Civil Veterinary Department. United Provinces 1923-31 - 1923-1931
Year: 1923
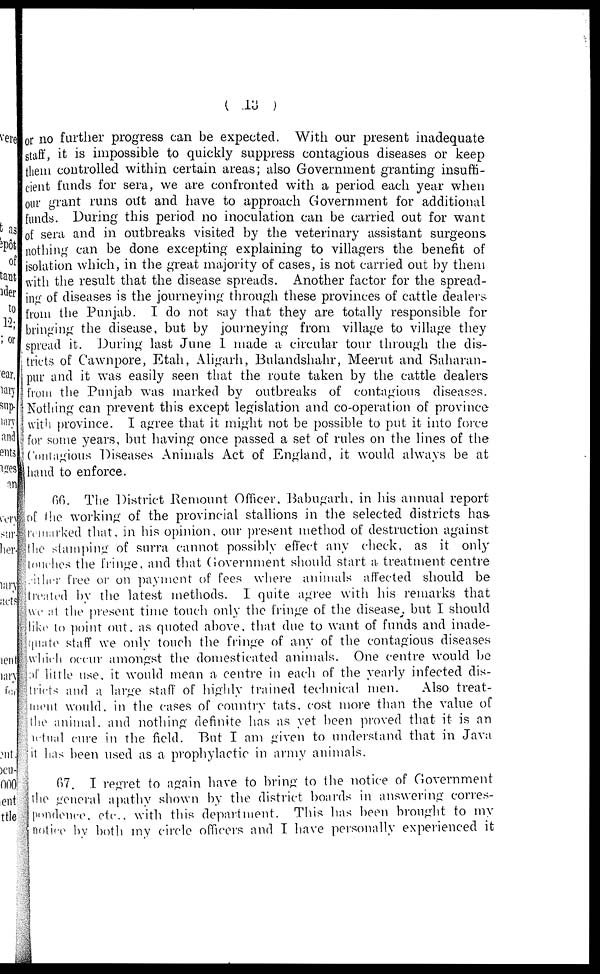
(13)
or no further progress can be expected. With our present inadequate
staff, it is impossible to quickly suppress contagious diseases or keep
them controlled within certain areas; also Government granting insuffi-
cient funds for sera, we are confronted with a period each year when
our grant runs out and have to approach Government for additional
funds. During this period no inoculation can be carried out for want
of sera and in outbreaks visited by the veterinary assistant surgeons
nothing can be done excepting explaining to villagers the benefit of
isolation which, in the great majority of cases, is not carried out by them
with the result that the disease spreads. Another factor for the spread-
ing of diseases is the journeying through these provinces of cattle dealers
from the Punjab. I do not say that they are totally responsible for
bringing the disease, but by journeying from village to village they
spread it. During last June I made a circular tour through the dis-
tricts of Cawnpore, Etah, Aligarh, Bulandshahr, Meerut and Saharan-
pur and it was easily seen that the route taken by the cattle dealers
from the Punjab was marked by outbreaks of contagious diseases.
Nothing can prevent this except legislation and co-operation of province
with province. I agree that it might not be possible to put it into force
for some years, but having once passed a set of rules on the lines of the
Contagious Diseases Animals Act of England, it would always be at
hand to enforce.
66. The District Remount Officer, Babugarh, in his annual report
of the working of the provincial stallions in the selected districts has
remarked that, in his opinion, our present method of destruction against
the stamping of surra cannot possibly effect any check, as it only
touches the fringe, and that Government should start a treatment centre
either free or on payment of fees where animals affected should be
treated by the latest methods. I quite agree with his remarks that
we at the present time touch only the fringe of the disease, but I should
like to point out, as quoted above, that due to want of funds and inade-
quate staff we only touch the fringe of any of the contagious diseases
which occur amongst the domesticated animals. One centre would be
of little use, it would mean a centre in each of the yearly infected dis-
tricts and a large staff of highly trained technical men.
Also treat-
ment would, in the cases of country tats, cost more than the value of
the animal, and nothing definite has as yet been proved that it is an
actual cure in the field. But I am given to understand that in Java
it has been used as a prophylactic in army animals.
67. I regret to again have to bring to the notice of Government
the general apathy shown by the district boards in answering corres-
pondence, etc., with this department. This has been brought to my
notice by both my circle officers and I have personally experienced it